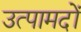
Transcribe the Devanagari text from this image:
उत्पामदों